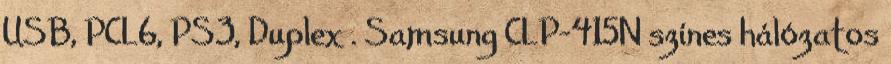
USB, PCL6, PS3, Duplex . Samsung CLP-415N színes hálózatos